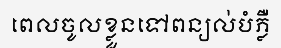
ពេលចូលខ្លួនទៅពន្យល់បំភ្លឺ